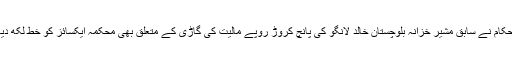
نیب حکام نے سابق مشیر خزانہ بلوچستان خالد لانگو کی پانچ کروڑ روپے مالیت کی گاڑی کے متعلق بھی محکمہ ایکسائز کو خط لکھ دیا ہے۔